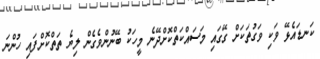
ކަނޑައެޅޭ ވަކި ވަގުތަކަށް ގޭގައި މަސައްކަތްކޮށްދޭނެ މީހަކު ބޭނުންވެގެން ލިޔެ ތަތްކޮށްފައި ހުންނަ